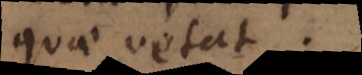
quae vetat.